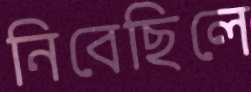
নিবেছিলে